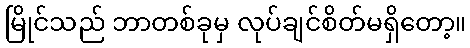
မြိုင်သည် ဘာတစ်ခုမှ လုပ်ချင်စိတ်မရှိတော့။